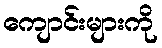
ကျောင်းများကို